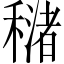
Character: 𥢳